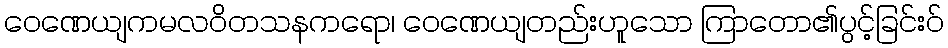
ဝေဏေယျကမလဝိတသနကရော၊ ဝေဏေယျတည်းဟူသော ကြာတော၏ပွင့်ခြင်းဝ်